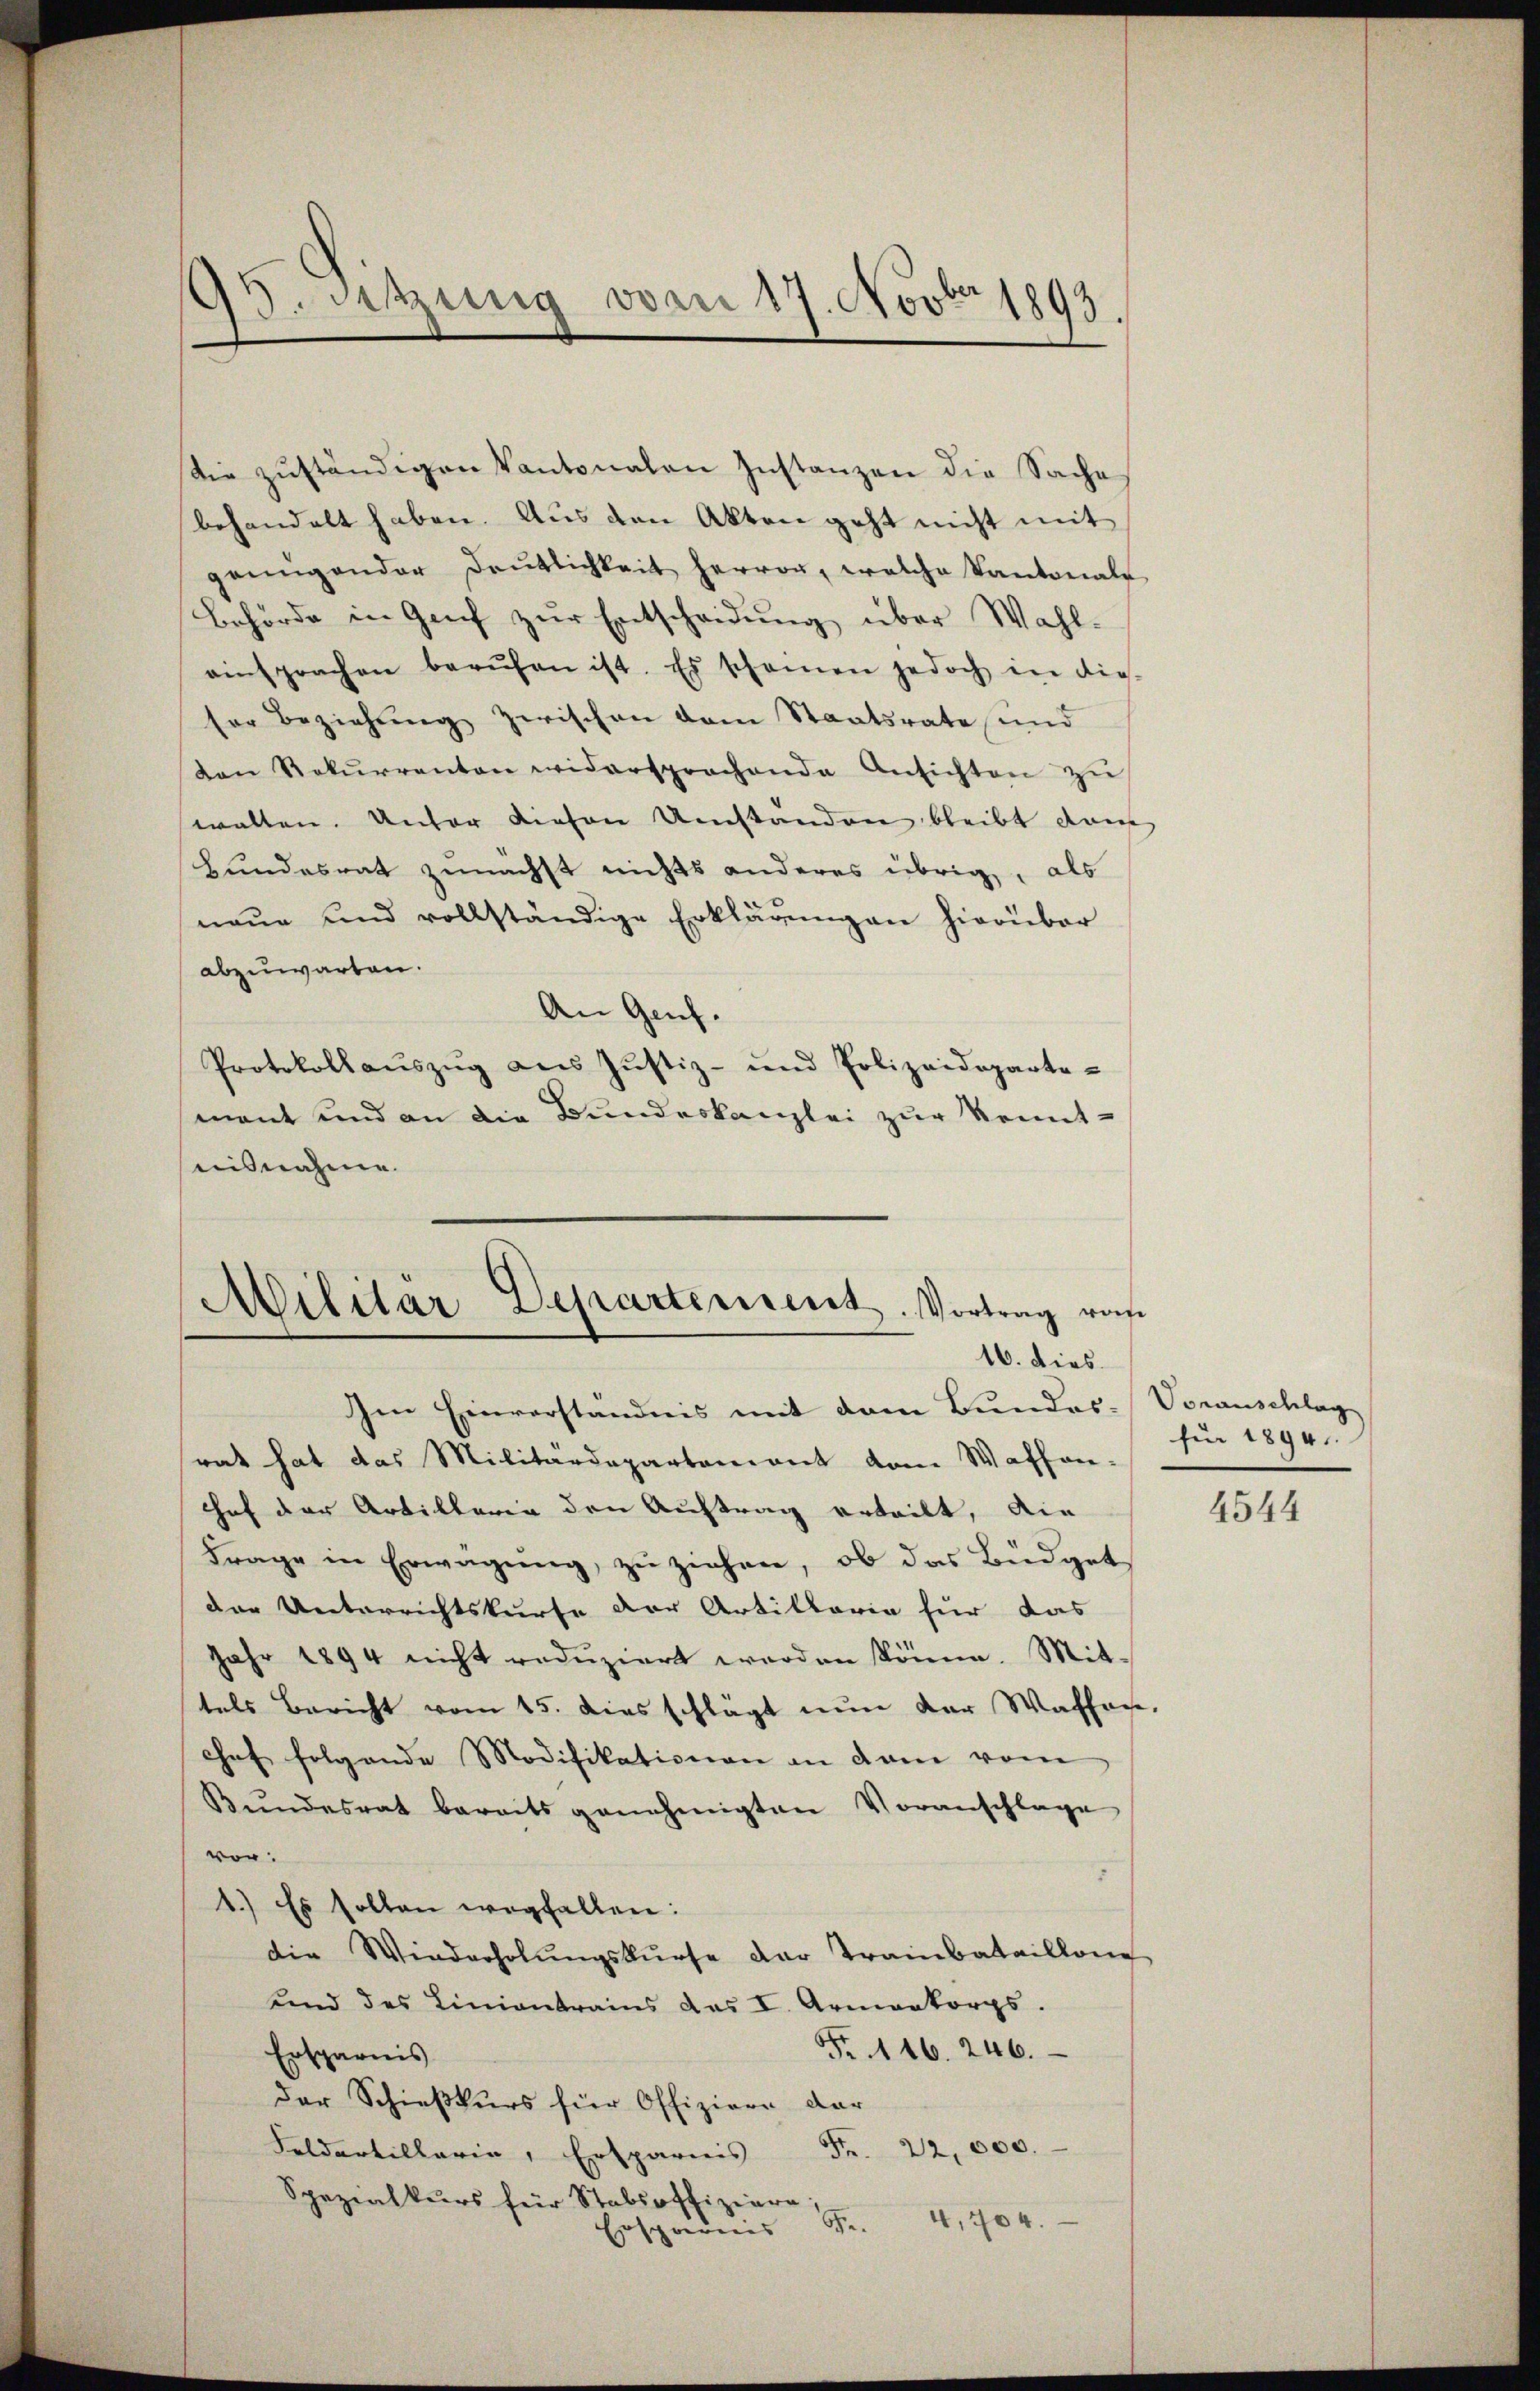
95. Setzung vom 17. Novbr 1893.

Sie zŭständigen Kantonalen Instanzen die Sache
behandelt haben. Aus den Akten geht nicht mit
genügender Deutlichkeit hervor, welche Kantonals
Behörde in Genf zur Entscheidung über Wahl-
einsprachen berŭfen ist. Es schonen jedoch in die-
ser Beziehung zwischen dem Staatsrate und
von Rekurrenten widersprochende Ansichten zŭ
walten. Unter diesen Umstanden bleibt dam
Bundesrat zunächst nichts anderes übrig, als
naŭe und vollständige Erklärŭngen hierüber
abzuwarten.
An Genf.
Protokollauszug aus Justiz- und Polizeidepartemant und an die Bundeskanzlei zur Kennteisnahme

Militär-Departensent. Vortrag von
16. dies

Im Einverständnis mit dem Bundes-Voranschlag
rat hat das Militärdepartement vom Waffen-
hof der Artillerin den Auftrag erteilt, die
Frage in Erwägung, zu ziehen, ob das Büdget
der Unterrichtskurse der Artillaria für das
Jahr 1894 nicht redŭziert werden könne. Mittels Bericht vom 15. dies schlägt nun der Waffen.
chef folgende Modifikationen an dam vom
Bundesrat bereits genehmigten Voranschlage
vor:
1.) Es sollen wegfallen:
die Wiederholŭngskŭrse der Trainbataillone
und des Liniantrains das I. Armenkorps.
116. 246.
Ersparnis
der Schießkurs für Offiziere dar
Feldartillaria, Ersparnis Fr. 22,000.
Spezialkurs für Stabsoffiziere;
4,704.
e.
Ersparnis

für 1894

4544